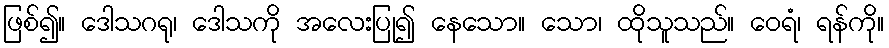
ဖြစ်၍။ ဒေါသဂရု၊ ဒေါသကို အလေးပြု၍ နေသော။ သော၊ ထိုသူသည်။ ဝေရံ၊ ရန်ကို။